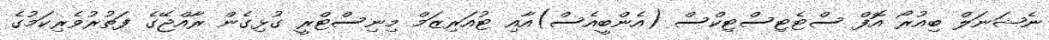
ނެޝަނަލް ބިއުރޯ އޮފް ސްޓެޓިސްޓިކްސް (އެންބީއެސް)އާއި ޓުއަރިޒަމް މިނިސްޓްރީ ގުޅިގެން ރާއްޖޭގެ ފަތުރުވެރިކަމުގެ